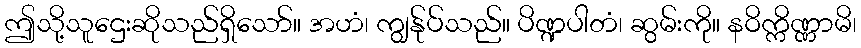
ဤသို့သူဌေးဆိုသည်ရှိသော်။ အဟံ၊ ကျွန်ုပ်သည်။ ပိဏ္ဍပါတံ၊ ဆွမ်းကို။ နဝိက္ကိဏ္ဏာမိ၊